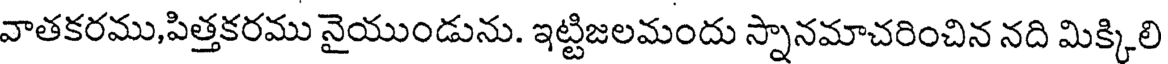
వాతకరము,పిత్తకరము నైయుండును. ఇట్టిజలమందు స్నానమాచరించిన నది మిక్కిలి